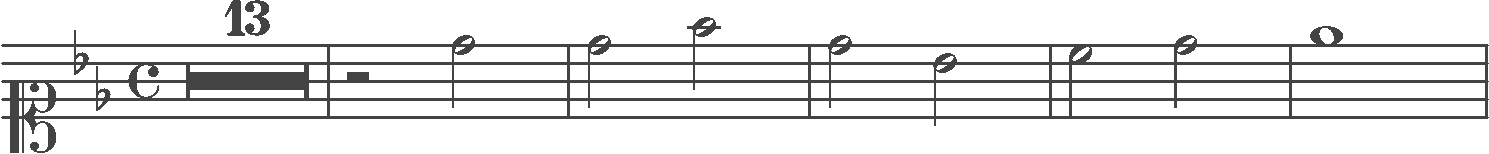
Transcription: clef-C1 keySignature-BbM timeSignature-C multirest-13 barline rest-half note-D5_half barline note-D5_half note-F5_half barline note-D5_half note-Bb4_half barline note-C5_half note-D5_half barline note-Eb5_whole barline